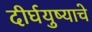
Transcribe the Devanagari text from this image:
दीर्घयुष्याचे